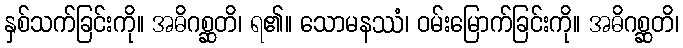
နှစ်သက်ခြင်းကို။ အဓိဂစ္ဆတိ၊ ရ၏။ သောမနဿံ၊ ဝမ်းမြောက်ခြင်းကို။ အဓိဂစ္ဆတိ၊